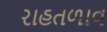
રાહતળાવ